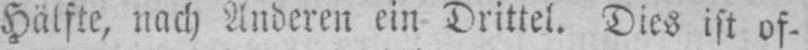
Hälfte, nach Anderen ein Drittel. Dies ist of-